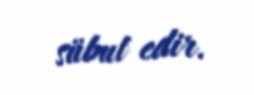
sübut edir.